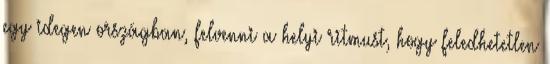
egy idegen országban, felvenni a helyi ritmust, hogy feledhetetlen